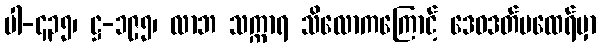
ပါ-၄၃၅၊ ဋ္ဌ-၁၉၅၊ လာဘ သက္ကာရ သိလောကကြောင့် ဒေဝဒတ်မထေရ်မှာ